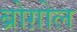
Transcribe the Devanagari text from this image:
ब्रोग़ोल